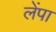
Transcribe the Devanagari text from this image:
लेंपा